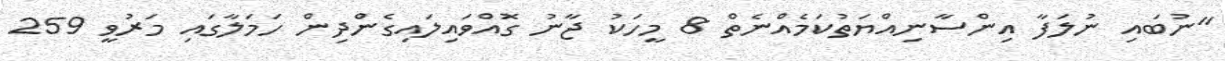
"ނުބައި ނުލަފާ އިންސާނިއްޔަތުކަމެއްނެތް 8 މީހަކު ޖާނު ގޮއްވައިލައިގެންދިން ހަމަލާގައި މަރުވީ 259